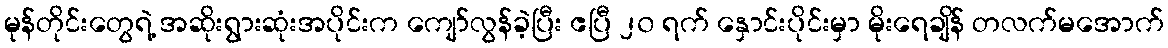
မုန်တိုင်းတွေရဲ့ အဆိုးရွားဆုံးအပိုင်းက ကျော်လွန်ခဲ့ပြီး ဧပြီ ၂၀ ရက် နှောင်းပိုင်းမှာ မိုးရေချိန် တလက်မအောက်